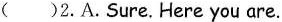
( )2. A.Sure.Here you are.